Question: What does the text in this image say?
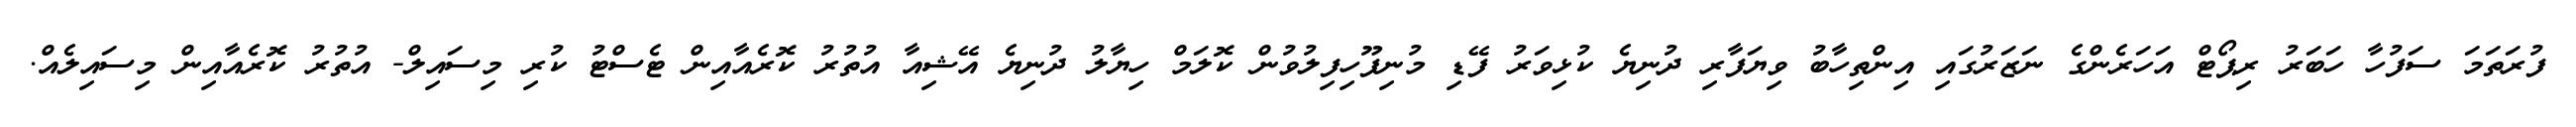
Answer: ފުރަތަމަ ސަފުހާ ހަބަރު ރިޕޯޓް އަހަރެންގެ ނަޒަރުގައި އިންތިހާބު ވިޔަފާރި ދުނިޔެ ކުޅިވަރު ފޭޑި މުނިފޫހިފިލުވުން ކޮލަމް ހިޔާލު ދުނިޔެ އޭޝިއާ އުތުރު ކޮރެއާއިން ޓެސްޓު ކުރި މިސައިލް- އުތުރު ކޮރެއާއިން މިސައިލެއް.